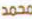
محمد